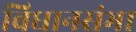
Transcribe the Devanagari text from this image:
विधानसंभा